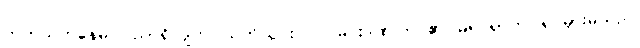
တက်သက်နေမိ၊ ပညာရှိလျက်၊ သတိယွင်းလပ်၊ မင်းဒဏ်ကြပ်၏၊ မရပ်ရာဘိ၊ ရပ်မှားမိသည်၊